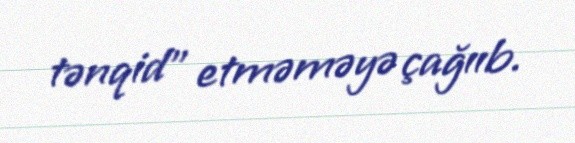
tənqid" etməməyə çağııb.